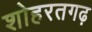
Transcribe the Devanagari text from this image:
शोहरतगढ़